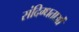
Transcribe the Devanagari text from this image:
संदिग्धताओं